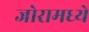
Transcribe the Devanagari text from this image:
जोरामध्ये